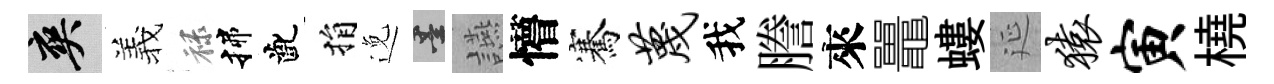
爽羲禄揲齔捐𨓜墨讌懵騫蔑我謄來鼉螻延猿寅橈